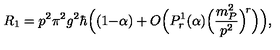
R _ { 1 } = p ^ { 2 } \pi ^ { 2 } g ^ { 2 } \hbar \Big ( ( 1 { - } \alpha ) + O \Big ( P _ { r } ^ { 1 } ( \alpha ) \Big ( \frac { m _ { P } ^ { 2 } } { p ^ { 2 } } \Big ) ^ { \! r } \Big ) \Big ) ,